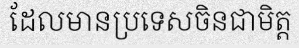
ដែលមានប្រទេសចិនជាមិត្ត